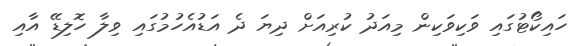
ހައިކޯޓުގައި ވަކިވަކިން މިއަދު ކުރިއަށް ދިޔަ ދެ އަޑުއެހުމުގައި ވިލާ ހޮލިޑޭ އާއި